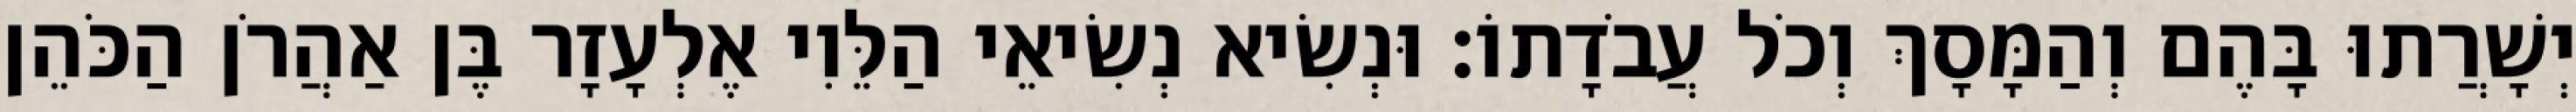
יְשָׁרֲתוּ בָּהֶם וְהַמָּסָךְ וְכֹל עֲבֹדָתוֹ׃ וּנְשִׂיא נְשִׂיאֵי הַלֵּוִי אֶלְעָזָר בֶּן אַהֲרֹן הַכֹּהֵן